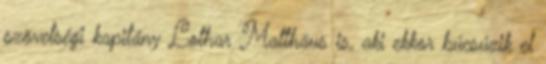
szövetségi kapitány Lothar Matthäus is, aki ekkor búcsúzik el